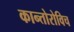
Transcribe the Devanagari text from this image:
कान्तोरोविच